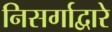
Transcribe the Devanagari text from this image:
निसर्गाद्वारे